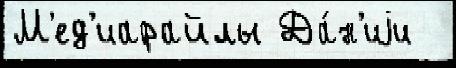
М'ед'иафайлы Да́н'иjи